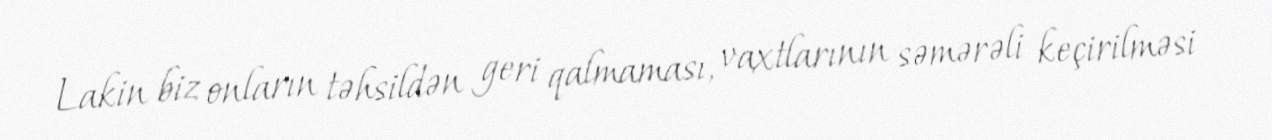
Lakin biz onların təhsildən geri qalmaması, vaxtlarının səmərəli keçirilməsi